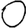
Digit: 0